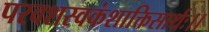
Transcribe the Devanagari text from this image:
परवशस्वकंशाक्तिसार्थः।।